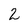
Character: 2